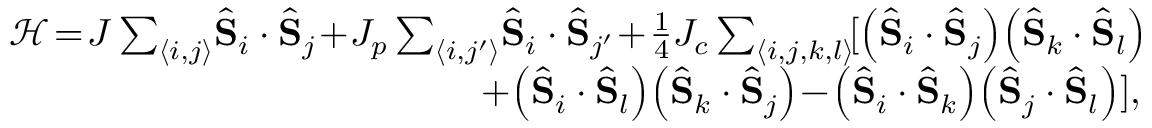
\begin{array} { r } { \mathcal { H } \! = \! J \sum _ { \langle i , j \rangle } \! \hat { \mathbf { S } } _ { i } \cdot \hat { \mathbf { S } } _ { j } \! + \! J _ { p } \sum _ { \langle i , j ^ { \prime } \rangle } \! \hat { \mathbf { S } } _ { i } \cdot \hat { \mathbf { S } } _ { j ^ { \prime } } \! + \! \frac { 1 } { 4 } J _ { c } \sum _ { \langle i , j , k , l \rangle } \! [ \left( \hat { \mathbf { S } } _ { i } \cdot \hat { \mathbf { S } } _ { j } \right) \! \left( \hat { \mathbf { S } } _ { k } \cdot \hat { \mathbf { S } } _ { l } \right) \! } \\ { + \! \left( \hat { \mathbf { S } } _ { i } \cdot \hat { \mathbf { S } } _ { l } \right) \! \left( \hat { \mathbf { S } } _ { k } \cdot \hat { \mathbf { S } } _ { j } \right) \! - \! \left( \hat { \mathbf { S } } _ { i } \cdot \hat { \mathbf { S } } _ { k } \right) \! \left( \hat { \mathbf { S } } _ { j } \cdot \hat { \mathbf { S } } _ { l } \right) ] , } \end{array}